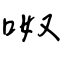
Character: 呶